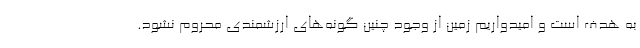
به هدف است و امیدواریم زمین از وجود چنین گونه‌های ارزشمندی محروم نشود.